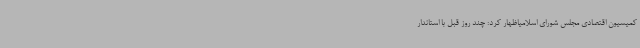
کمیسیون اقتصادی مجلس شورای اسلامیاظهار کرد: چند روز قبل با استاندار